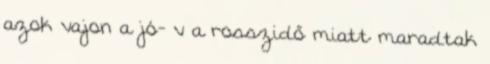
azok vajon a jó- v a rosszidő miatt maradtak